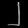
Digit: ၂